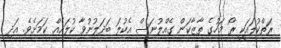
ރަތްކުލައަކީ ރޯ މަހުގެ ތާޒާކަން ގެއްލުނަސް އެކުލަ ބަދަލުނުވާ ކުލައެއް ކަމަށެވެ. އަދި